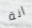
انة